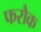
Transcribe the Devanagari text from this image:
फरौक